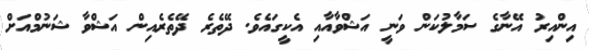
އިންއިރު އޭނާގެ ސަމާލުކަން ވަނީ އަޝްވާއާއި އެކީގައެވެ. ދޭތެރެ ދޭތެރެއިން އަޝްވާ ޝަނުމްއަށް